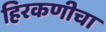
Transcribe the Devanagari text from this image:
हिरकणीचा